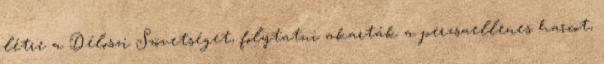
létre a Déloszi Szövetséget, folytatni akarták a perzsaellenes harcot,